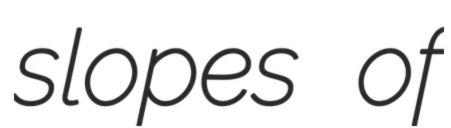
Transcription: slopes of